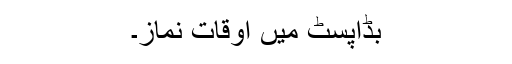
بڈاپسٹ میں اوقات نماز۔